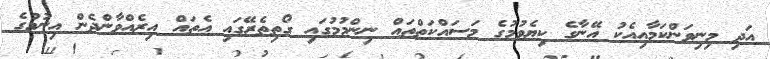
އަދި މިނިވަންކަމާއިއެކު އޭނާގެ ކިޔެވުމުގެ މަސައްކަތްތައް ނިންމުމުގައި ގޯތިތެރޭގައި އެތައް އިރެއްވާންދެން އިނުމުގެ